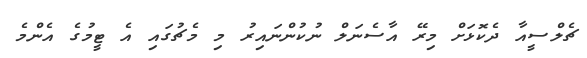
ޗެލްސީއާ ދެކޮޅަށް މިރޭ އާސެނަލް ނުކުންނައިރު މި މެޗުގައި އެ ޓީމުގެ އެންމެ